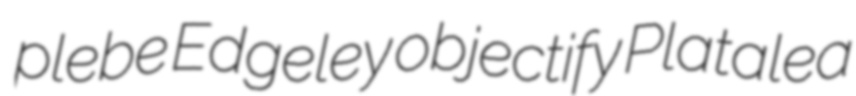
plebe Edgeley objectify Platalea